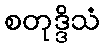
စတုဒ္ဒိသံ